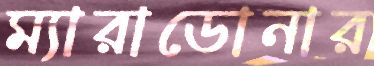
ম্যারাডোনার